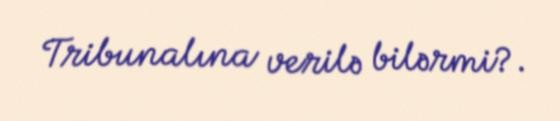
Tribunalına verilə bilərmi?.